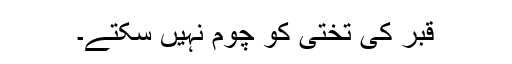
قبر کی تختی کو چوم نہیں سکتے۔